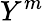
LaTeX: Y^{m}